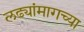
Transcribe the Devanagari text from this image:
लढ्यांमागच्या